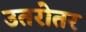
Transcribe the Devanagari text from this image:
उतरोतर